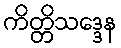
ကိတ္တိသဒ္ဒေန